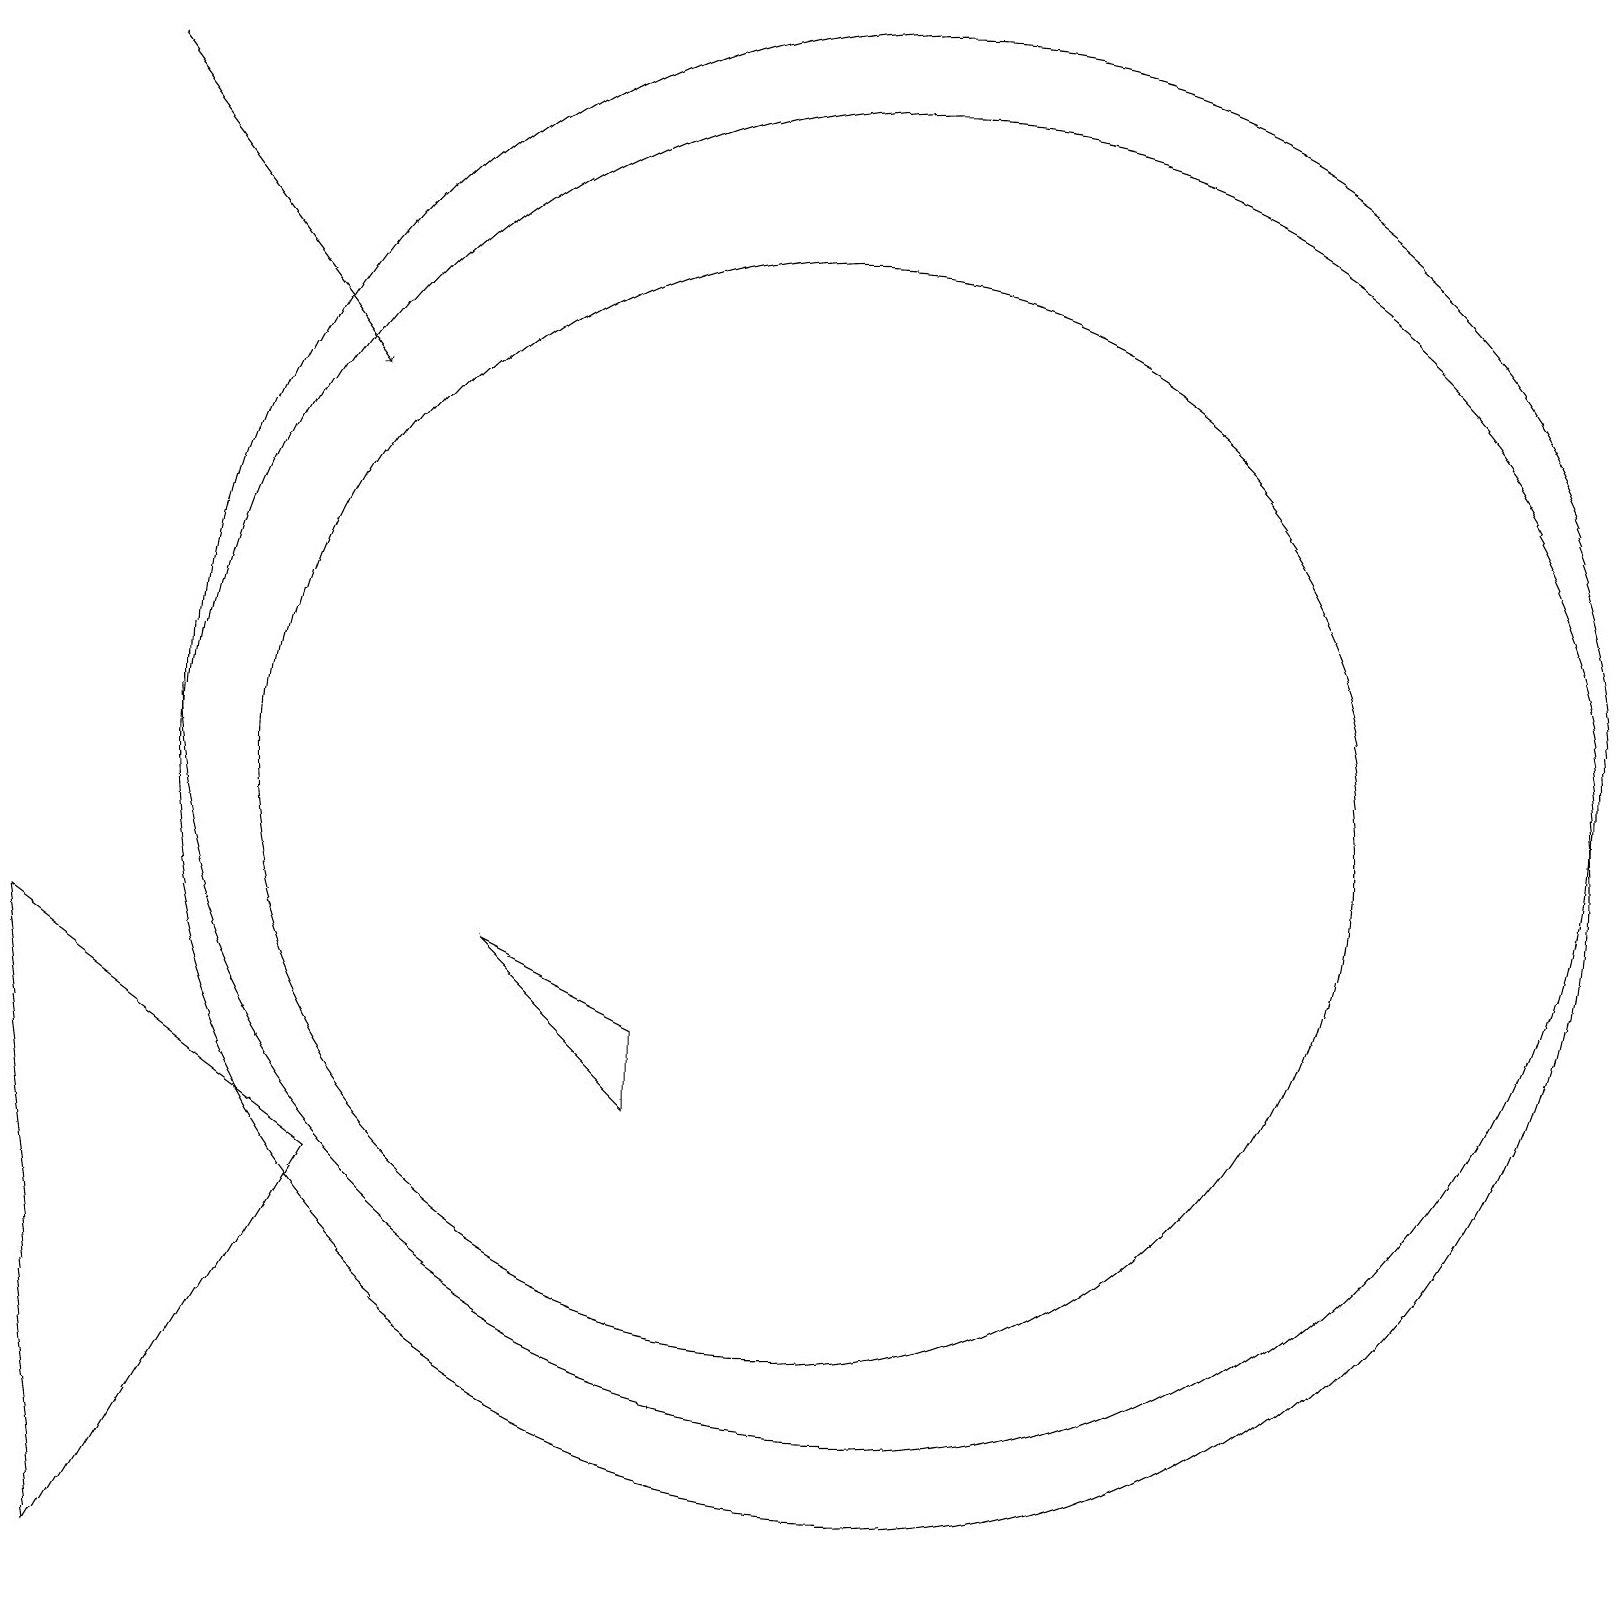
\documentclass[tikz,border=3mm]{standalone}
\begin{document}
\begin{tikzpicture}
\draw (12,10) circle (9);
\draw (11,10) circle (7);
\draw (2,0) -- (1,8) -- (5,5) -- cycle;
\draw[->] (2,19) -- (5,15);
\draw (12,11) circle (9);
\draw (9,7) -- (9,6) -- (7,8) -- cycle;
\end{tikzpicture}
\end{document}